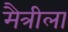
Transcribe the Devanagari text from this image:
मैत्रीला